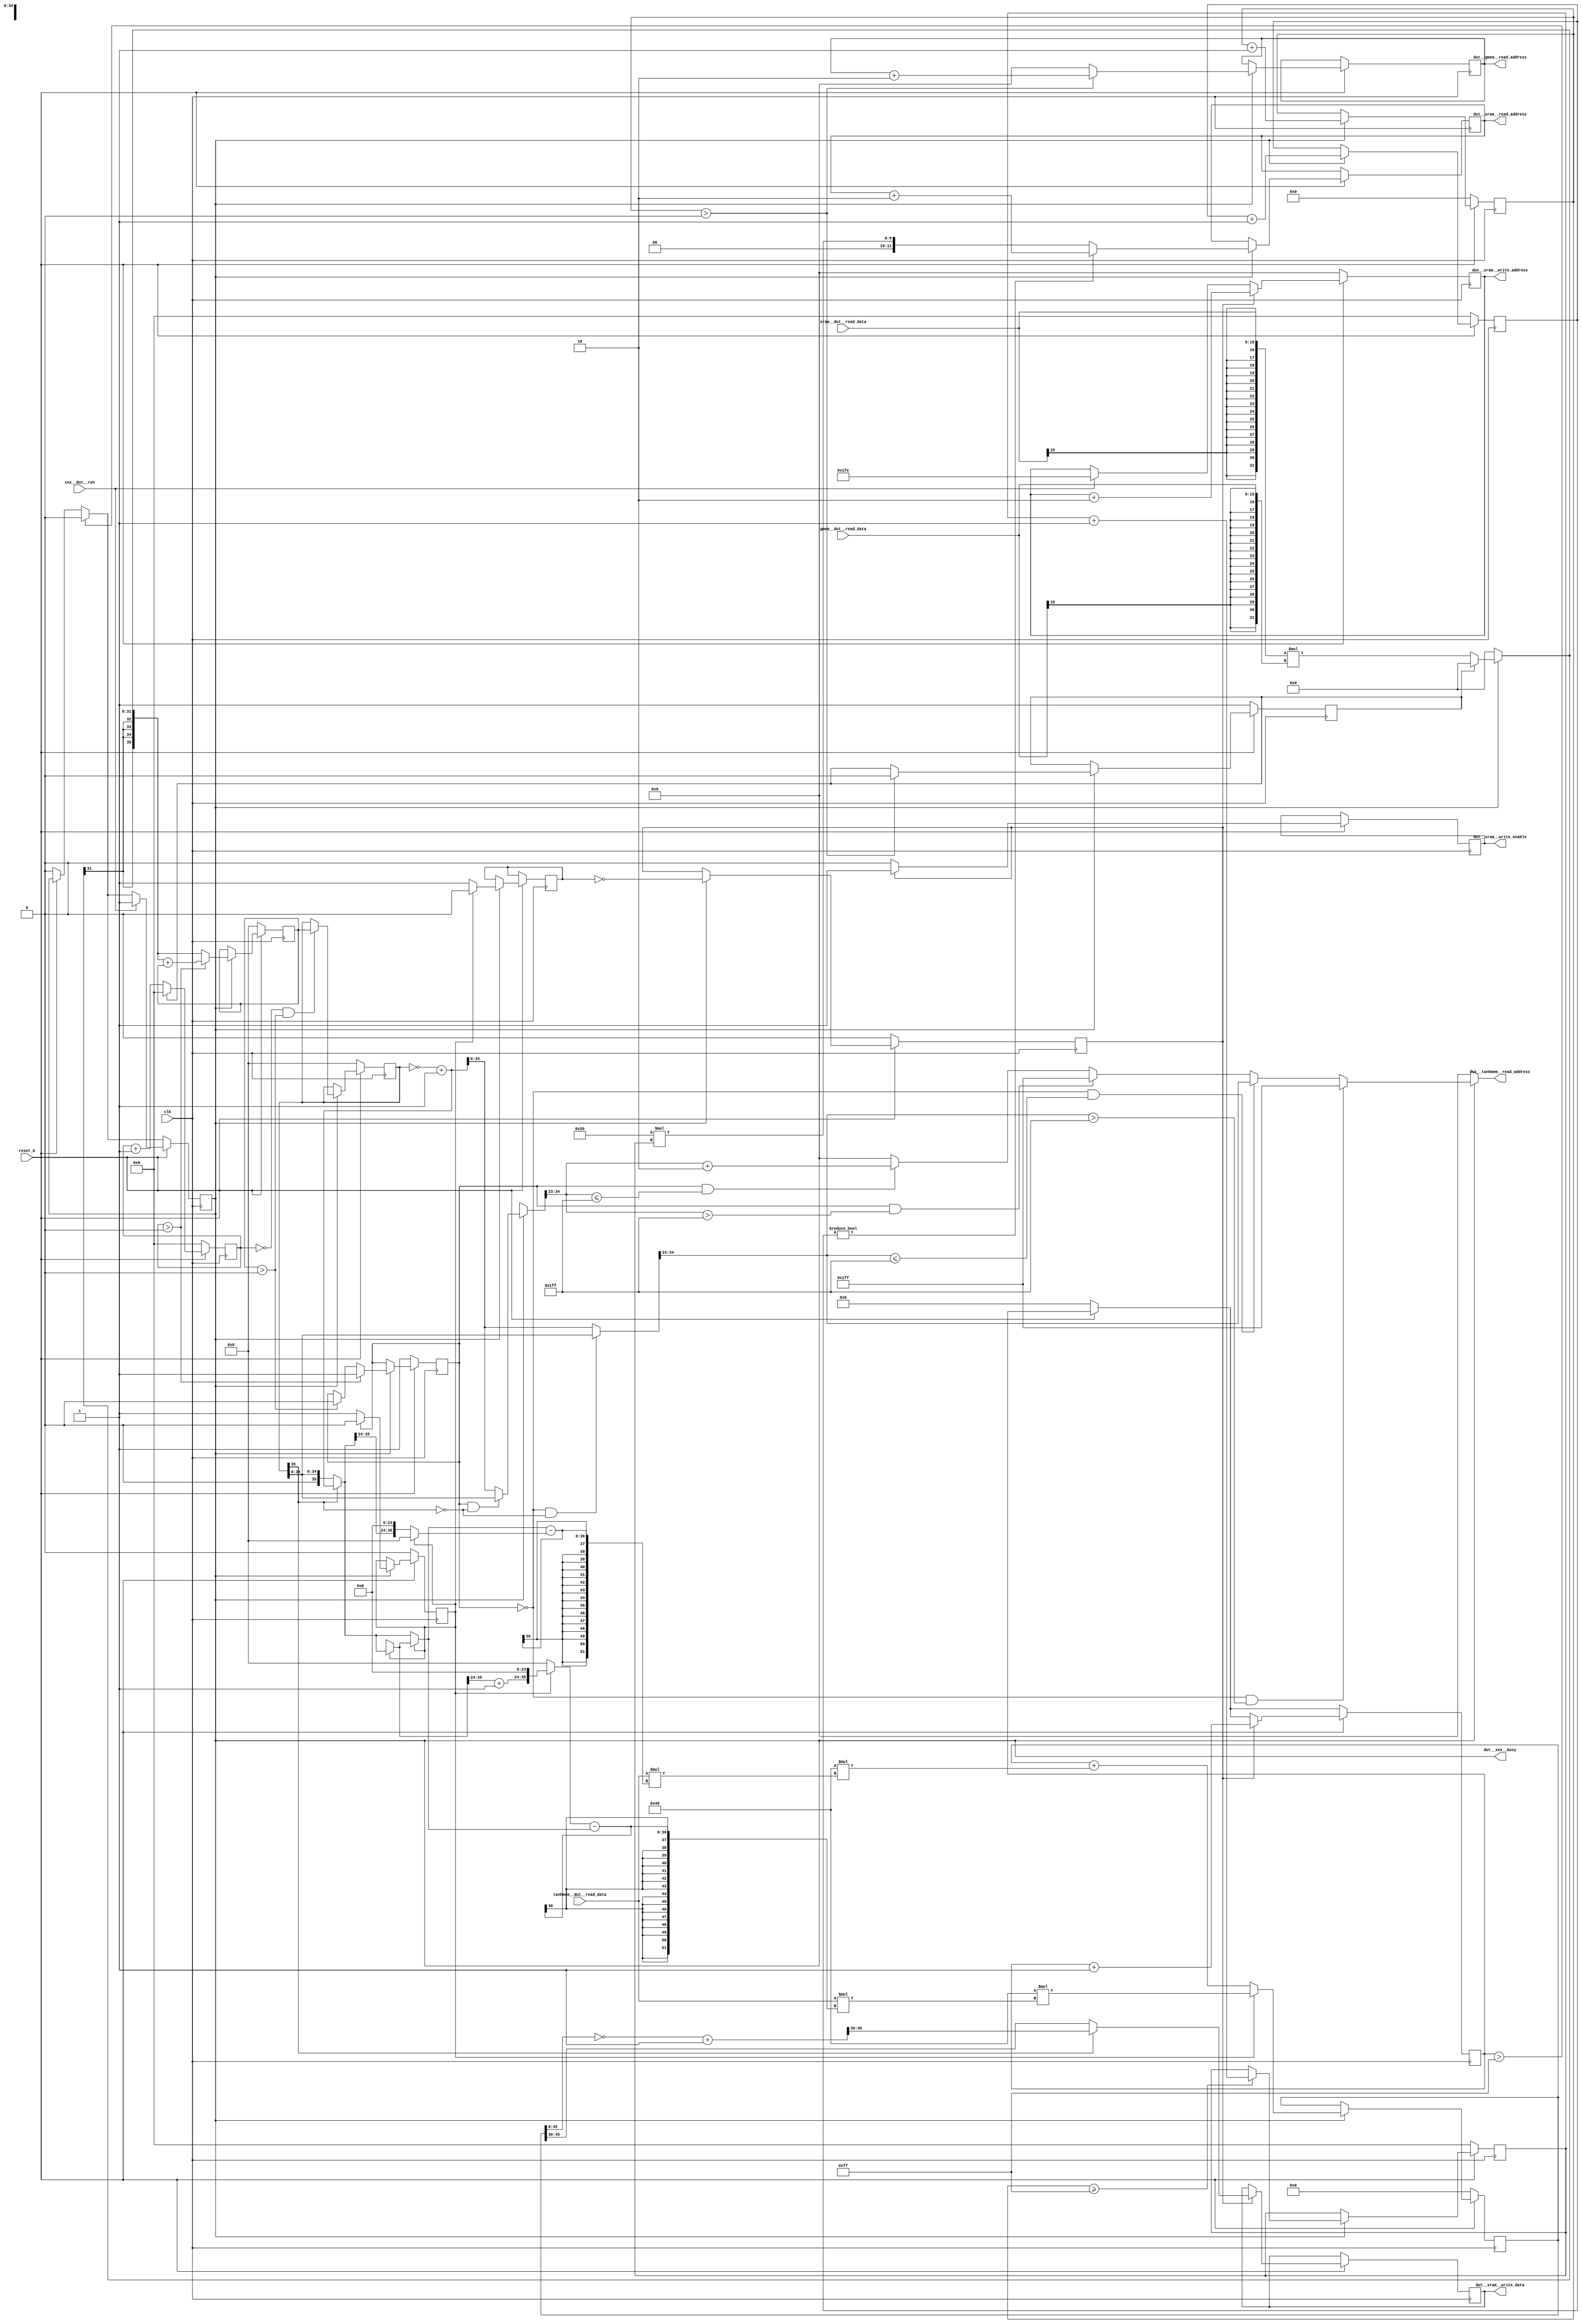
module ECE564MyDesign
	    (

            //---------------------------------------------------------------------------
            // Control
            //
            input  wire               xxx__dut__run            ,             
            output reg                dut__xxx__busy           , // high when computing
            input  wire               clk                      ,
            input  wire               reset_b                  ,


            //--------------------------------------------------------------------------- 
            //---------------------------------------------------------------------------
            // SRAM interface
            //
            output reg  [11:0]        dut__sram__write_address  ,
            output reg  [15:0]        dut__sram__write_data     ,
            output reg                dut__sram__write_enable   ,
            output reg  [11:0]        dut__sram__read_address   ,
            input  wire [15:0]        sram__dut__read_data      ,

            //---------------------------------------------------------------------------
            // g memory interface
            //
            output reg  [11:0]        dut__gmem__read_address   ,
            input  wire [15:0]        gmem__dut__read_data      ,  // read data

            //---------------------------------------------------------------------------
            // Tanh look up table tanhmem 
            //
            output reg  [11:0]        dut__tanhmem__read_address     ,
            input  wire [15:0]        tanhmem__dut__read_data           // read data

            );

  //---------------------------------------------------------------------------
  //

reg [51:0] tanh_op_intermediate;
reg [51:0] tanh_op;
reg [35:0] tanhAddr_higher;
reg [35:0] tanhAddr_lower;
reg [35:0] pre_tanh_calc;
reg [35:0] tanh_post_negative;
reg [35:0] tanhAddr_calc;
reg [15:0] post_tanh_op;
reg [35:0] accumulator; 
reg [31:0] product;

reg [3:0] sram_address_increment;
reg [7:0] gmem_counter;
reg [3:0] accumulator_counter;
reg [8:0] tanh_counter;
reg [3:0] sram_counter;
reg [3:0] counter_inner;

reg	restart_calculation;
reg halt_tanh_calc;
reg begin_tanh;
reg tanh_write;
reg halt_op;
 
always@(posedge clk)
begin
	if(!reset_b)
		begin
		pre_tanh_calc <= 0;
		begin_tanh <= 0;
		dut__xxx__busy <= 1'b0;
		sram_counter <= 4'b0;
		tanh_op <= 0;
		restart_calculation <= 1;
		tanh_write <= 0;
		tanh_counter <= 0;
		accumulator_counter <= 4'b0;
		sram_address_increment <= 4'b0;
		accumulator <= 0;
		halt_tanh_calc <= 1;
		end
	else
		begin
			
		if(dut__xxx__busy == 1)
			begin
			// x data fetch logic
			
			//compute sram read address
			dut__sram__read_address <= 12'd32 * {8'h00, sram_address_increment};
			if(sram_counter != 0)
				begin
				dut__sram__read_address <= dut__sram__read_address + 2;
				end
			
			//compute sram address increment
			if(gmem_counter >= 255)
				begin
				sram_address_increment <= sram_address_increment + 1;
				end

			//compute sram counter
			sram_counter <= sram_counter + 1;
				
			//compute accumulator
			if(accumulator_counter > 0)
			begin
				accumulator <= {{4{product[31]}}, product[31:0]} + accumulator;
			end	
			else
			begin
				accumulator <= {{4{product[31]}}, product[31:0]};
			end
			
			//handle halt_tanh_calc
			if(accumulator_counter > 0)
			begin
				halt_tanh_calc <= 1;
			end
			else
			begin
				if(accumulator > 0)
				begin
					halt_tanh_calc <= 0;
				end
			end
			
			//compute pre_tanh_calc
			if(accumulator_counter == 0 && accumulator > 0)
			begin
				pre_tanh_calc <= accumulator;
			end
			
			if(halt_tanh_calc == 0)
				begin
				begin_tanh <= 1'b1;
				end
			else
				begin
				begin_tanh <= 1'b0;
				end
			
            //interpolation formula			
			if(begin_tanh == 0)
				begin
				tanh_op <= tanh_op + (64*(tanhmem__dut__read_data*(tanhAddr_calc - tanhAddr_lower)));
				halt_op <= 1'b1;
				end
			else
				begin
				tanh_op <= 64*(tanhmem__dut__read_data*(tanhAddr_higher - tanhAddr_calc));
				halt_op <= 1'b0;
				end
				
			tanh_write <= ~halt_op;

			if (gmem_counter > 0)
				begin
				restart_calculation <= 0;
				end
end

///////////////////////////////////////////////////////////////////////////////////////////
			if (restart_calculation == 0) 
				begin
				accumulator_counter <= accumulator_counter + 1;
				end
			else 
				begin
				accumulator_counter <= 0;
				end
		end
		
		if(tanh_counter > 255)
			begin
			dut__xxx__busy <= 1'b0;
			end	
			
	if(!reset_b)
		begin
		dut__sram__write_address <= 12'b0;
		end
	else
		begin	
			if(xxx__dut__run == 1)
			begin
			dut__xxx__busy <= 1'b1;
			dut__sram__write_address <= 12'b000111111110;
			end
			
			if(tanh_write == 0)
				begin
				dut__sram__write_enable <= 1'b0;   //write enable zero to enable reads
				end
			else if(tanh_write ==1)
				begin
				dut__sram__write_enable <= 1'b1;   //write enable high while writing
				end
			else
				begin
			    dut__sram__write_enable <= dut__sram__write_enable;
			    end
				
			if(tanh_write == 1)
			begin
			dut__sram__write_data <= post_tanh_op;
			end
			
			if(tanh_write == 1)
			begin
			dut__sram__write_address <= dut__sram__write_address + 2;
			end
			
			if(tanh_write == 1)
			begin
			tanh_counter <= tanh_counter + 1;   //write enable zero to enable reads
			end
			
		end

	if(!reset_b)
		begin
		gmem_counter <= 8'b0;
		end
	else if(dut__xxx__busy == 1)
			begin
			if(gmem_counter > 0)
				begin
				dut__gmem__read_address <= dut__gmem__read_address + 2;
				end
			else
				begin
				dut__gmem__read_address <= 12'b0;
				end
			gmem_counter <= gmem_counter + 1;
			end	
			
 end
 
always@(*)
begin
dut__tanhmem__read_address = 0;
tanhAddr_higher = 0;
tanhAddr_lower = 0;
post_tanh_op = 0;
	if(dut__xxx__busy == 1)
		begin
			if (restart_calculation == 0)
			begin
			product = {{16{sram__dut__read_data[15]}}, sram__dut__read_data[15:0]} * {{16{gmem__dut__read_data[15]}}, gmem__dut__read_data[15:0]};
			end
		else 
			begin
			product = 32'b0;
			end
			
			if(halt_tanh_calc == 1 && pre_tanh_calc[35] == 0)
		        begin
				tanh_post_negative = pre_tanh_calc;
				end
			  else
				begin
				tanh_post_negative = ~pre_tanh_calc + 1;
				 end
			
              if(halt_tanh_calc == 1 && tanh_post_negative[34:23] > 12'h1ff)
				begin
				dut__tanhmem__read_address = 12'h1ff;
				end
			else if(halt_tanh_calc == 1 && tanh_post_negative[34:23] <= 12'h1ff)
				begin
				dut__tanhmem__read_address = tanh_post_negative[34:23] + 2;
				end			
			
				if(halt_tanh_calc == 0 && pre_tanh_calc[35] == 0)
				begin
				tanh_post_negative = pre_tanh_calc;
				end
			else
				begin
				tanh_post_negative = ~pre_tanh_calc[35:0] + 1;
				end
				
				if(halt_tanh_calc == 0 && tanh_post_negative[34:23] > 12'h1ff)
				begin
				dut__tanhmem__read_address = 12'h1ff;
				end
			else if(halt_tanh_calc == 0 && tanh_post_negative[34:23] <= 12'h1ff)
				begin
				dut__tanhmem__read_address = tanh_post_negative[34:23];
				end
				
			end
		
	else
		begin
	product = 32'b0;
		end
		if(begin_tanh == 0)
			begin
				if(pre_tanh_calc[35] == 0)
				begin
				tanhAddr_calc = pre_tanh_calc;
				end
			else
				begin
				tanhAddr_calc = ~pre_tanh_calc[35:0] + 1;
				end
			
			tanhAddr_lower = {tanhAddr_calc[35:24], 24'b0};
			end
		else
			begin
			if(pre_tanh_calc[35] == 0)
				begin
				tanhAddr_calc = pre_tanh_calc;
				end
			else
				begin
				tanhAddr_calc = ~pre_tanh_calc[35:0] + 1;
				end
	
			tanhAddr_higher = {(tanhAddr_calc[35:24] + 1), 24'b0};
			end
			
		if(tanh_write == 1)
			begin
			if(pre_tanh_calc[35] == 0)
				begin
				post_tanh_op = tanh_op[45:30];
				end
			else
				begin
				tanh_op_intermediate = ~tanh_op + 1;
				post_tanh_op = tanh_op_intermediate[45:30];
				end
			end
		
end


endmodule